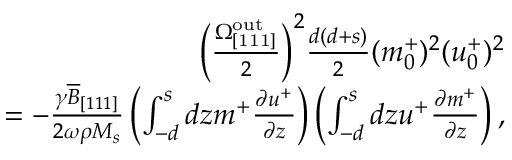
\begin{array} { r } { \Big ( \frac { \Omega _ { \mathrm { [ 1 1 1 ] } } ^ { \mathrm { o u t } } } { 2 } \Big ) ^ { 2 } \frac { d ( d + s ) } { 2 } ( m _ { 0 } ^ { + } ) ^ { 2 } ( u _ { 0 } ^ { + } ) ^ { 2 } } \\ { = - \frac { \gamma \overline { { B } } _ { [ 1 1 1 ] } } { 2 \omega \rho M _ { s } } \left( \int _ { - d } ^ { s } d z m ^ { + } \frac { \partial u ^ { + } } { \partial z } \right) \left( \int _ { - d } ^ { s } d z u ^ { + } \frac { \partial m ^ { + } } { \partial z } \right) , } \end{array}